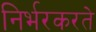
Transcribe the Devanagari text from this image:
निर्भरकरते